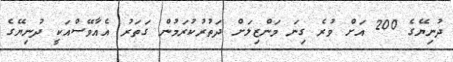
ދުނިޔޭގެ 200 އަށް ވުރެ ގިނަ މަންޒިލަށް ދަތުރުކުރަމުން ގަތަރު އެއާވޭސްއަކީ ދުނިޔޭގެ